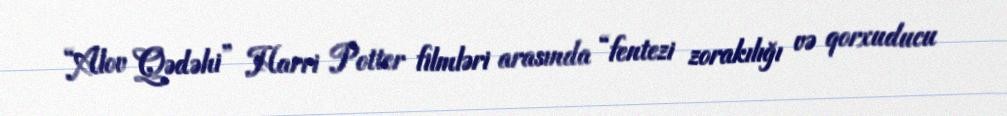
“Alov Qədəhi” Harri Potter filmləri arasında “fentezi zorakılığı və qorxuducu